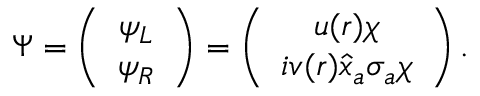
\Psi = \left( \begin{array} { c } { { \psi _ { L } } } \\ { { \psi _ { R } } } \end{array} \right) = \left( \begin{array} { c } { { u ( r ) \chi } } \\ { { i v ( r ) \hat { x } _ { a } \sigma _ { a } \chi } } \end{array} \right) . \nonumber